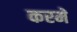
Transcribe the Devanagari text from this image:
करमें